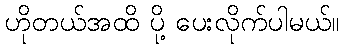
ဟိုတယ်အထိ ပို့ ပေးလိုက်ပါမယ်။